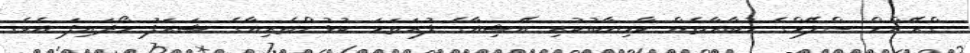
ގްރޭންޑް ސްލޭމްގެ މުބާރާތެއް ކާމިޔާބުކުރި އޭޝިއާގެ ފުރަތަމަ ކުޅުންތެރިއާގެ ޝަރަފު ހޯދައިފަ އެވެ.